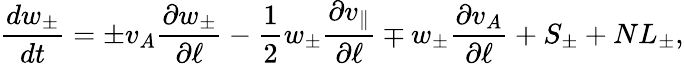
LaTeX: \frac{dw_{\pm}}{dt}=\pm v_{A}\frac{\partial w_{\pm}}{\partial\ell}-\frac{1}{2}w_{\pm}\frac{\partial v_{\parallel}}{\partial\ell}\mp w_{\pm}\frac{\partial v_{A}}{\partial\ell}+S_{\pm}+NL_{\pm},